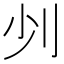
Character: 𠚺